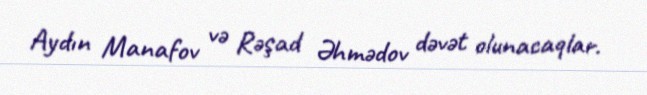
Aydın Manafov və Rəşad Əhmədov dəvət olunacaqlar.